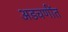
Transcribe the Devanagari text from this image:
अडचणींत